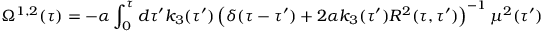
{ } \Omega ^ { 1 , 2 } ( \tau ) = - \alpha \int _ { 0 } ^ { \tau } d \tau ^ { \prime } k _ { 3 } ( \tau ^ { \prime } ) \left( \delta ( \tau - \tau ^ { \prime } ) + 2 \alpha k _ { 3 } ( \tau ^ { \prime } ) R ^ { 2 } ( \tau , \tau ^ { \prime } ) \right) ^ { - 1 } \mu ^ { 2 } ( \tau ^ { \prime } )